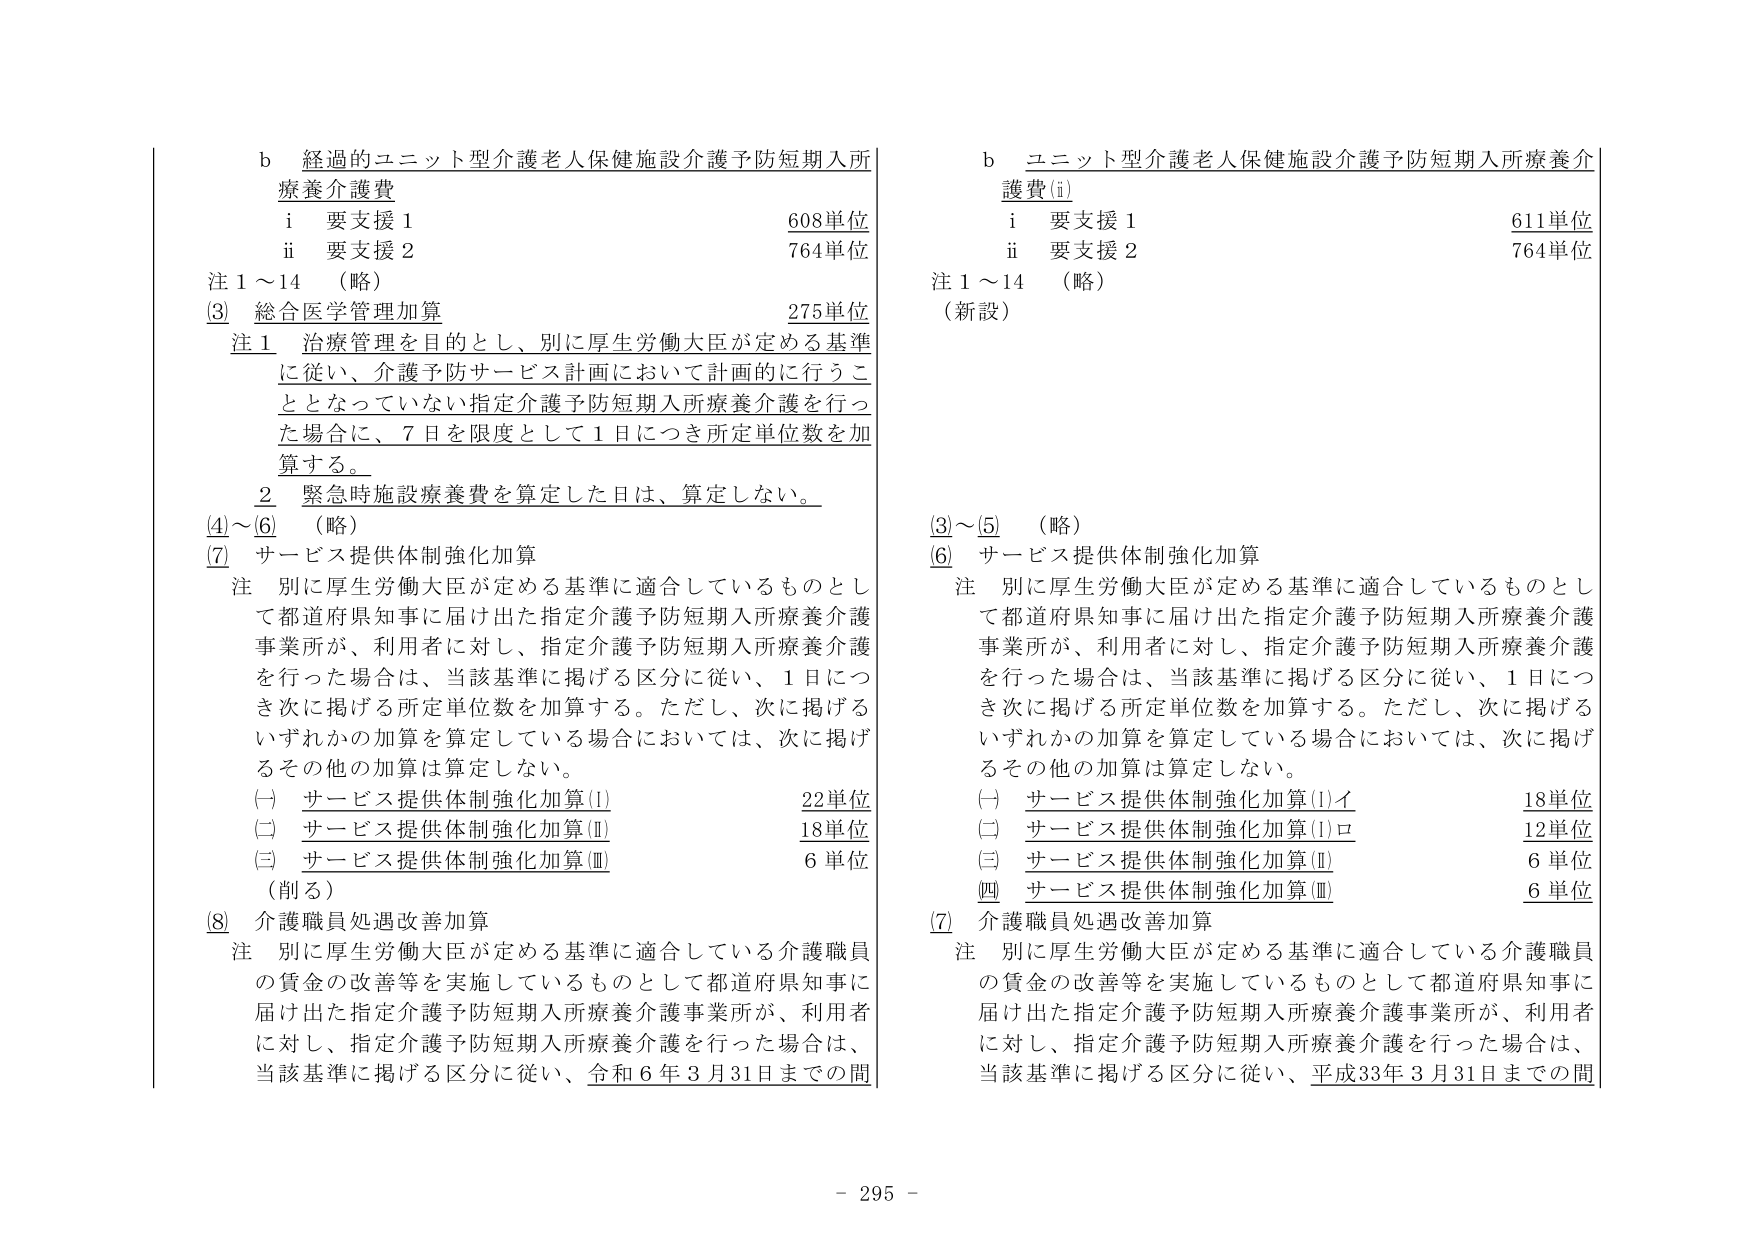
b 経過的ユニット型介護老人保健施設介護予防短期入所療養介護費
　i 要支援１ 608単位
　ii 要支援２ 764単位
注１～14 （略）
③ 総合医学管理加算 275単位
　注１ 治療管理を目的とし、別に厚生労働大臣が定める基準に従い、介護予防サービス計画において計画的に行うこととなっていない指定介護予防短期入所療養介護を行った場合に、７日を限度として１日につき所定単位数を加算する。
　２ 緊急時施設療養費を算定した日は、算定しない。
④～⑥ （略）
⑦ サービス提供体制強化加算
　注 別に厚生労働大臣が定める基準に適合しているものとして都道府県知事に届け出た指定介護予防短期入所療養介護事業所が、利用者に対し、指定介護予防短期入所療養介護を行った場合は、当該基準に掲げる区分に従い、１日につき次に掲げる所定単位数を加算する。ただし、次に掲げるいずれかの加算を算定している場合においては、次に掲げるその他の加算は算定しない。
　（一）サービス提供体制強化加算(Ⅰ) 22単位
　（二）サービス提供体制強化加算(Ⅱ) 18単位
　（三）サービス提供体制強化加算(Ⅲ) 6単位
　（削る）
⑧ 介護職員処遇改善加算
　注 別に厚生労働大臣が定める基準に適合している介護職員の賃金の改善等を実施しているものとして都道府県知事に届け出た指定介護予防短期入所療養介護事業所が、利用者に対し、指定介護予防短期入所療養介護を行った場合は、当該基準に掲げる区分に従い、令和６年３月31日までの間

b ユニット型介護老人保健施設介護予防短期入所療養介護費(i)
　i 要支援１ 611単位
　ii 要支援２ 764単位
注１～14 （略）
（新設）
③～⑤ （略）
⑥ サービス提供体制強化加算
　注 別に厚生労働大臣が定める基準に適合しているものとして都道府県知事に届け出た指定介護予防短期入所療養介護事業所が、利用者に対し、指定介護予防短期入所療養介護を行った場合は、当該基準に掲げる区分に従い、１日につき次に掲げる所定単位数を加算する。ただし、次に掲げるいずれかの加算を算定している場合においては、次に掲げるその他の加算は算定しない。
　（一）サービス提供体制強化加算(Ⅰ)イ 18単位
　（二）サービス提供体制強化加算(Ⅰ)ロ 12単位
　（三）サービス提供体制強化加算(Ⅱ) 6単位
　（四）サービス提供体制強化加算(Ⅲ) 6単位
⑦ 介護職員処遇改善加算
　注 別に厚生労働大臣が定める基準に適合している介護職員の賃金の改善等を実施しているものとして都道府県知事に届け出た指定介護予防短期入所療養介護事業所が、利用者に対し、指定介護予防短期入所療養介護を行った場合は、当該基準に掲げる区分に従い、平成33年３月31日までの間

- 295 -